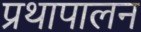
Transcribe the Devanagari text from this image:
प्रथापालन